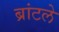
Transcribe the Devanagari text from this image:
ब्रांटले